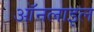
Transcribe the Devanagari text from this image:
ऑनलाइल